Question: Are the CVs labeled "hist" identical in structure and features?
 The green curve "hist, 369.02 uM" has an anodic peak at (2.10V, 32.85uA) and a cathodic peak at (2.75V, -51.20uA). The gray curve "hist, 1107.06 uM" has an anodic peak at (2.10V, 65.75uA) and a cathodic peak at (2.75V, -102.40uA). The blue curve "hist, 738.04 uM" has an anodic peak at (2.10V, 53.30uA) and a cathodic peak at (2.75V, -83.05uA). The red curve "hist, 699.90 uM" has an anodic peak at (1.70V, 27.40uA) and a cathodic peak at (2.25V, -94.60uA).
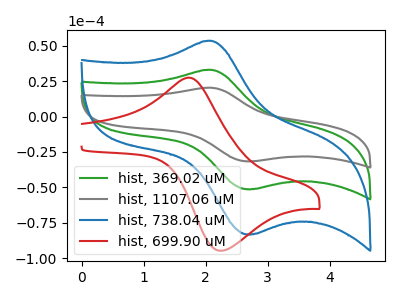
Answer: <think>All the peaks in "hist, 369.02 uM" have a peak in "hist, 1107.06 uM" at the same potential. Every peak in "hist, 369.02 uM" is lower than every peak in "hist, 1107.06 uM". All the peaks in "hist, 369.02 uM" have a peak in "hist, 738.04 uM" at the same potential. Every peak in "hist, 369.02 uM" is lower than every peak in "hist, 738.04 uM". "hist, 369.02 uM" and "hist, 699.90 uM" have at least one peak that do not match. All the peaks in "hist, 1107.06 uM" have a peak in "hist, 738.04 uM" at the same potential. Every peak in "hist, 1107.06 uM" is higher than every peak in "hist, 738.04 uM". "hist, 1107.06 uM" and "hist, 699.90 uM" have at least one peak that do not match. "hist, 738.04 uM" and "hist, 699.90 uM" have at least one peak that do not match.
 </think>
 <answer>All the CV's of "hist" have similar shape.</answer>
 <eval>follow_rule</eval>